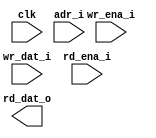
module ram_sp_be_192x512 (
  // global
  clk         ,
  // address
  adr_i       ,
  // write
  wr_ena_i    ,
  wr_dat_i    ,
  // read
  rd_ena_i    ,
  rd_dat_o
);

//*** PARAMETER ****************************************************************


//*** INPUT/OUTPUT *************************************************************

  // global
  input                clk         ;
  // address
  input  [8  -1 :0]    adr_i       ;
  // write
  input  [4*128-1 :0]  wr_ena_i    ;
  input  [4*128-1 :0]  wr_dat_i    ;
  // read
  input                rd_ena_i    ;
  output [4*128-1 :0]  rd_dat_o    ;


//*** WIRE/REG *****************************************************************


//*** MAIN BODY ****************************************************************

`ifdef RTL_MODEL

  sram_sp_be_behave #(
    .ADR_WD    ( 8                    ),
    .DAT_WD    ( 4*128                ),
    .COL_WD    ( 1                    )
  ) sram_sp_be_behave(
    .clk       ( clk         ),
    .adr       ( adr_i       ),
    .wr_ena    ( wr_ena_i    ),
    .wr_dat    ( wr_dat_i    ),
    .rd_ena    ( rd_ena_i    ),
    .rd_dat    ( rd_dat_o    )
    );

`endif

endmodule